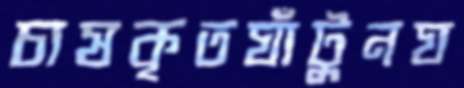
চাষকৃতঘাঁটুনঘ